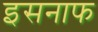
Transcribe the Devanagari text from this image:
इसनाफ